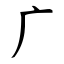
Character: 广